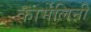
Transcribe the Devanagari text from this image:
कार्मेलिनी